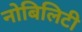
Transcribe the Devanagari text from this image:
नोबिलिटी